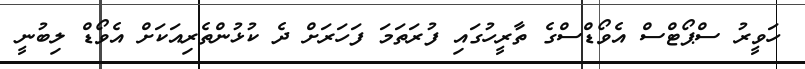
ހަވީރު ސްޕޯޓްސް އެވޯޑްސްގެ ތާރީހުގައި ފުރަތަމަ ފަހަރަށް ދެ ކުޅުންތެރިއަކަށް އެވޯޑް ލިބުނީ